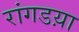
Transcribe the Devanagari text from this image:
रांगडय़ा